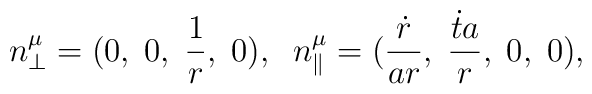
n^\mu_\perp=(0,\;0,\;\frac{1}{r},\;0),\;\;n^\mu_\parallel=(\frac{\dot{r}}{ar},\;\frac{\dot{t}a}{r},\;0,\;0),